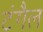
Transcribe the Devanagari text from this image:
टंगैल